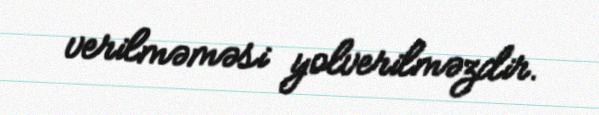
verilməməsi yolverilməzdir.